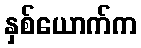
နှစ်ယောက်က